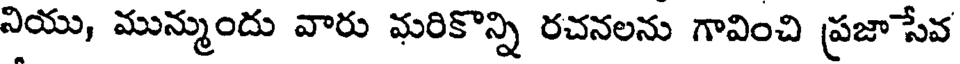
నియు, మున్ముందు వారు మరికొన్ని రచనలను గావించి ప్రజాసేవ